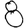
Digit: 8